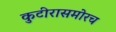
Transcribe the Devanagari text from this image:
कुटीरासमोरच